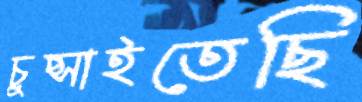
চুপ্‌সাইতেছি